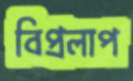
বিপ্রলাপ